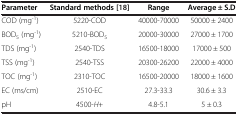
<table><thead><tr><td><b>Parameter</b></td><td><b>Standard methods [[18]]</b></td><td><b>Range</b></td><td><b>Average ± S.D</b></td></tr></thead><tbody><tr><td>COD (mg<sup>-1</sup>)</td><td>5220-COD</td><td>40000-70000</td><td>50000 ± 2400</td></tr><tr><td>BOD<sub>5</sub> (mg<sup>-1</sup>)</td><td>5210-BOD<sub>5</sub></td><td>20000-30000</td><td>27000 ± 1700</td></tr><tr><td>TDS (mg<sup>-1</sup>)</td><td>2540-TDS</td><td>16500-18000</td><td>17000 ± 500</td></tr><tr><td>TSS (mg<sup>-1</sup>)</td><td>2540-TSS</td><td>20300-26200</td><td>22000 ± 4000</td></tr><tr><td>TOC (mg<sup>-1</sup>)</td><td>2310-TOC</td><td>16500-20000</td><td>18000 ± 1600</td></tr><tr><td>EC (ms/cm)</td><td>2510-EC</td><td>27.3-33.3</td><td>30.6 ± 3.3</td></tr><tr><td>pH</td><td>4500-<i>H</i>+</td><td>4.8-5.1</td><td>5 ± 0.3</td></tr></tbody></table>